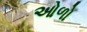
ઓળો